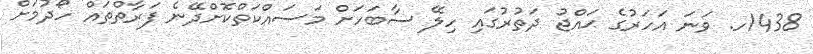
1438ހ. ވަނަ އަހަރުގެ ޙައްޖު ދަތުރުގައި ހިލޭ ސާބަހަށް މަސައްކަތްކޮށްދޭނެ ފަރާތްތައް ހޯދުމަށް